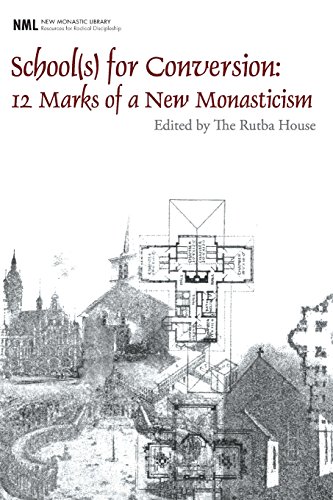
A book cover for School(s) for Conversion: 12 Marks of a New Monasticism (New Monastic Library: Resources for Radical Discipleship); Rutba House; Christian Books & Bibles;